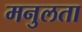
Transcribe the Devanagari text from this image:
मनुलता